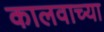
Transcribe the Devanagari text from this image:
कालवाच्या